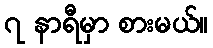
၇ နာရီမှာ စားမယ်။